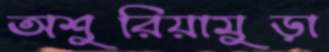
অশুরিয়ামুড়া